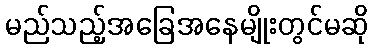
မည်သည့်အခြေအနေမျိုးတွင်မဆို